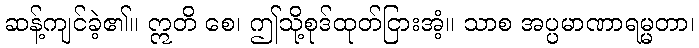
ဆန့်ကျင်ခဲ့၏။ ဣတိ စေ၊ ဤသို့စုဒ်ထုတ်ငြားအံ့။ သာစ အပ္ပမာဏာရမ္မတာ၊